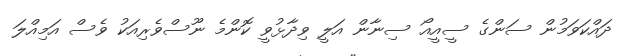
ދައްކަވަމުން ސަންގެ ސީއީއޯ ސިނާން އަލީ ވިދާޅުވީ ކޮންމެ ނޫސްވެރިއަކު ވެސް އަމިއްލަ